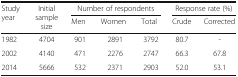
<table><thead><tr><td rowspan="2"><b>Study year</b></td><td rowspan="2"><b>Initial sample size</b></td><td colspan="3"><b>Number of respondents</b></td><td colspan="2"><b>Response rate (%)</b></td></tr><tr><td><b>Men</b></td><td><b>Women</b></td><td><b>Total</b></td><td><b>Crude</b></td><td><b>Corrected</b></td></tr></thead><tbody><tr><td>1982</td><td>4704</td><td>901</td><td>2891</td><td>3792</td><td>80.7</td><td>-</td></tr><tr><td>2002</td><td>4140</td><td>471</td><td>2276</td><td>2747</td><td>66.3</td><td>67.8</td></tr><tr><td>2014</td><td>5666</td><td>532</td><td>2371</td><td>2903</td><td>52.0</td><td>53.1</td></tr></tbody></table>